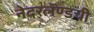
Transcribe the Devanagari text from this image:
नेदरलॅण्डची